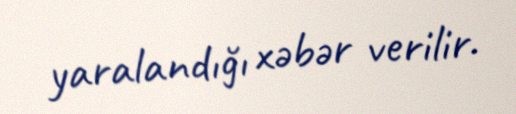
yaralandığı xəbər verilir.